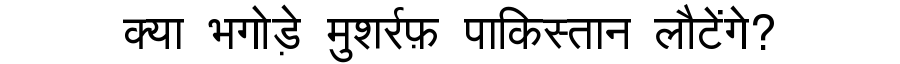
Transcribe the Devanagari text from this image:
क्या भगोड़े मुशर्रफ़ पाकिस्तान लौटेंगे?